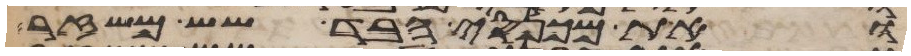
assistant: ואת מכנסי הבד שש משזר